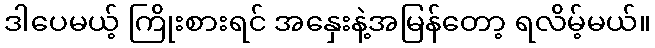
ဒါပေမယ့် ကြိုးစားရင် အနှေးနဲ့အမြန်တော့ ရလိမ့်မယ်။